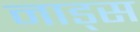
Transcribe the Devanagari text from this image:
नाड्स